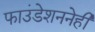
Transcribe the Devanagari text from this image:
फाउंडेशननेही